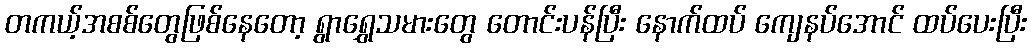
တကယ့်အစစ်တွေဖြစ်နေတော့ ရွာရွှေသမားတွေ တောင်းပန်ပြီး နောက်ထပ် ကျေနပ်အောင် ထပ်ပေးပြီး